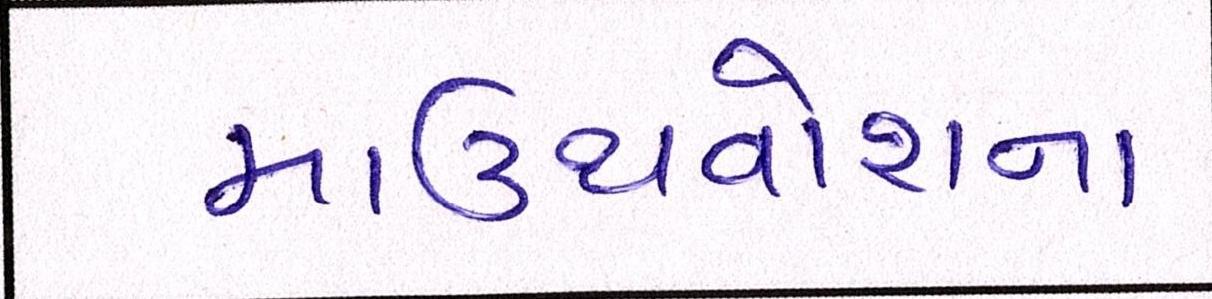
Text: માઉથવોશના